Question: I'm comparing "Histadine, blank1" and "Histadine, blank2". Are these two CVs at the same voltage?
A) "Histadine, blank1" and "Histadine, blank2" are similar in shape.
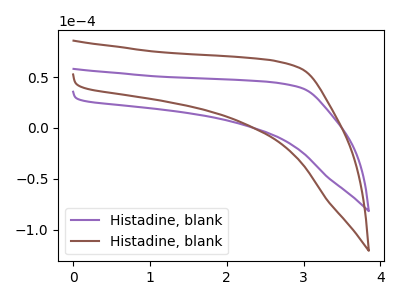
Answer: <think>The purple curve "Histadine, blank1" has no peaks. The brown curve "Histadine, blank2" has no peaks.
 Neither "Histadine, blank1" or "Histadine, blank2" have any peaks.</think>
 <answer>A) "Histadine, blank1" and "Histadine, blank2" are similar in shape.</answer>
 <eval>A</eval>